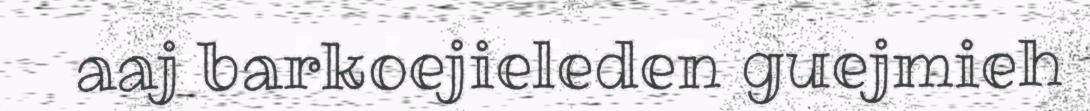
aaj barkoejieleden guejmieh